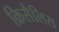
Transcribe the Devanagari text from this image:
क्रिसैलिस